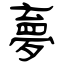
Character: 夣